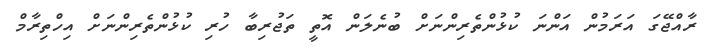
ރާއްޖޭގަ އަރަމުން އަންނަ ކުޅުންތެރިންނަށް ބުނެލަން އޮތީ ތަޖުރިބާ ހުރި ކުޅުންތެރިންނަށް އިހްތިރާމް